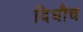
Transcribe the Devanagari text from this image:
दिघौच